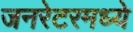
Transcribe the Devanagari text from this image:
जनरेटरमध्ये